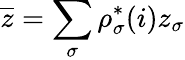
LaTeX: \overline{z}=\sum_{\sigma}\rho_{\sigma}^{*}(i)z_{\sigma}